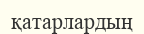
қатарлардың